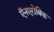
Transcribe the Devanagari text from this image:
ऍनएरोबिक